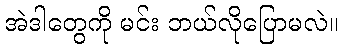
အဲဒါတွေကို မင်း ဘယ်လိုပြောမလဲ။